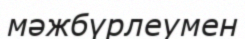
мәжбүрлеумен